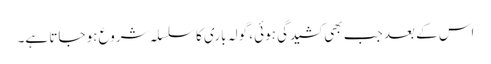
اس کے بعد جب بھی کشیدگی ہوئی، گولہ باری کا سلسلہ شروع ہو جاتا ہے۔